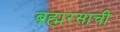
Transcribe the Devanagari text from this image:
ब्रह्मरसाची